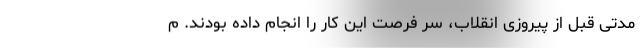
مدتی قبل از پیروزی انقلاب، سر فرصت این کار را انجام داده بودند. م